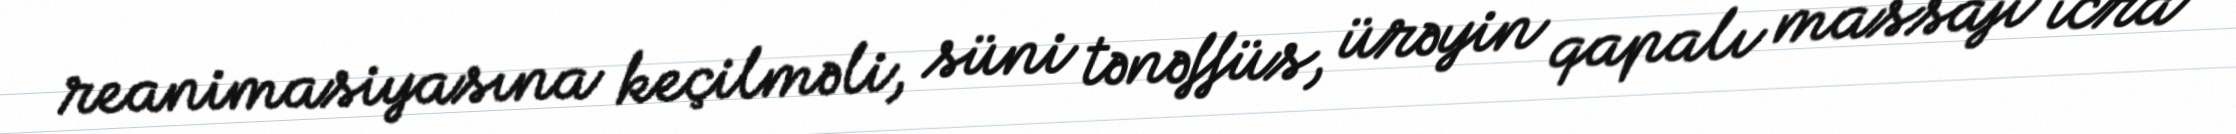
reanimasiyasına keçilməli, süni tənəffüs, ürəyin qapalı massajı icra